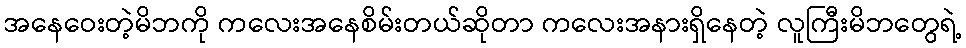
အနေဝေးတဲ့မိဘကို ကလေးအနေစိမ်းတယ်ဆိုတာ ကလေးအနားရှိနေတဲ့ လူကြီးမိဘတွေရဲ့